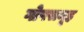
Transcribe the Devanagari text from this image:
गोपसमूह